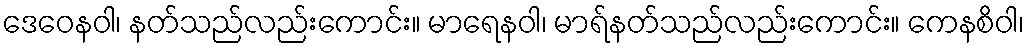
ဒေဝေနဝါ၊ နတ်သည်လည်းကောင်း။ မာရေနဝါ၊ မာရ်နတ်သည်လည်းကောင်း။ ကေနစိဝါ၊